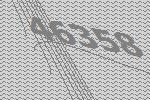
46358